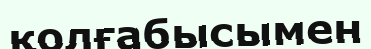
қолғабысымен